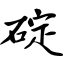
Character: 碇